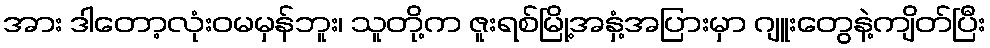
အား ဒါတော့လုံးဝမမှန်ဘူး၊ သူတို့က ဇူးရစ်မြို့အနှံ့အပြားမှာ ဂျူးတွေနဲ့ကျိတ်ပြီး